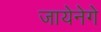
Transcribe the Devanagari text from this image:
जायेनेगे